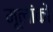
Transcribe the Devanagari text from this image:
मूलांकों